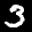
Label: 3